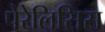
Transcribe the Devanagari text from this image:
पेरेलिसिस